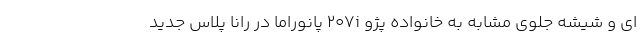
ای و شیشه جلوی مشابه به خانواده پژو ۲۰۷i پانوراما در رانا پلاس جدید